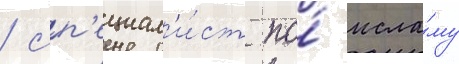
/ сп'ециал'и́ст по́ исла́му